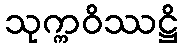
သုက္ကဝိဿဋ္ဌိ